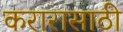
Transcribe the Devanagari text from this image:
करारासाठी